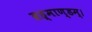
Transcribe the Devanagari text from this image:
ब्रह्माण्डम्।